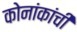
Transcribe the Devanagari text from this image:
कोनांकांची